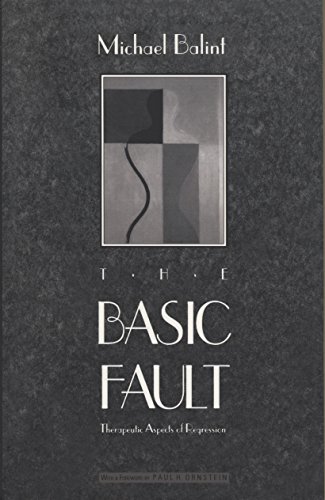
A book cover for The Basic Fault: Therapeutic Aspects of Regression; Michael Balint; Medical Books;